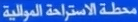
محلات-الاستراحة-الم